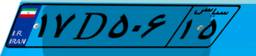
۱۷D۵۰۶۱۵